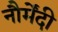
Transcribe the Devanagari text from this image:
नौर्मेंदी